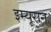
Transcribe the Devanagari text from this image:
इम्यूरान